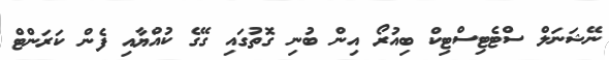
ނޭޝަނަލް ސްޓެޓިސްޓިކް ބިއުރޯ އިން ބުނި ގޮތުގައި ގޭގެ ކުއްޔާއި ފެން ކަރަންޓް